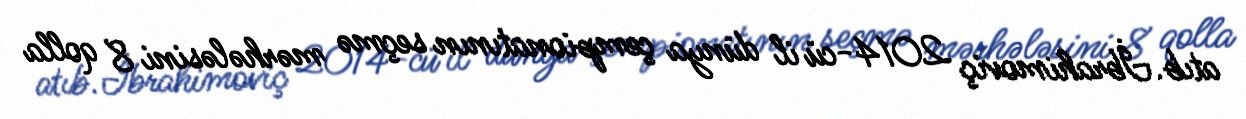
atıb.İbrahimoviç 2014-cü il dünya çempionatının seçmə mərhələsini 8 qolla